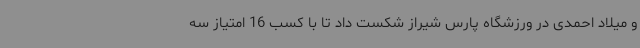
و میلاد احمدی در ورزشگاه پارس شیراز شکست داد تا با کسب 16 امتیاز سه